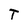
Character: T